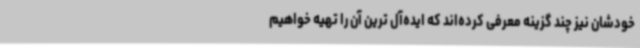
خودشان نیز چند گزینه معرفی کرده‌اند که ایده‌آل ترین آن را تهیه خواهیم